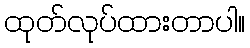
ထုတ်လုပ်ထားတာပါ။